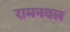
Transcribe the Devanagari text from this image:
रामनवल